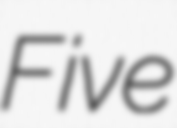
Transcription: Five